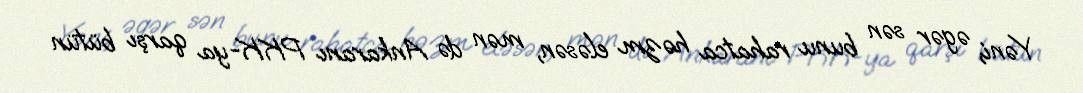
Yəni, əgər sən bunu rahatca həzm eləsən, mən də Ankaranı PKK-ya qarşı bütün